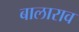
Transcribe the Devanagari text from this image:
बालाराव